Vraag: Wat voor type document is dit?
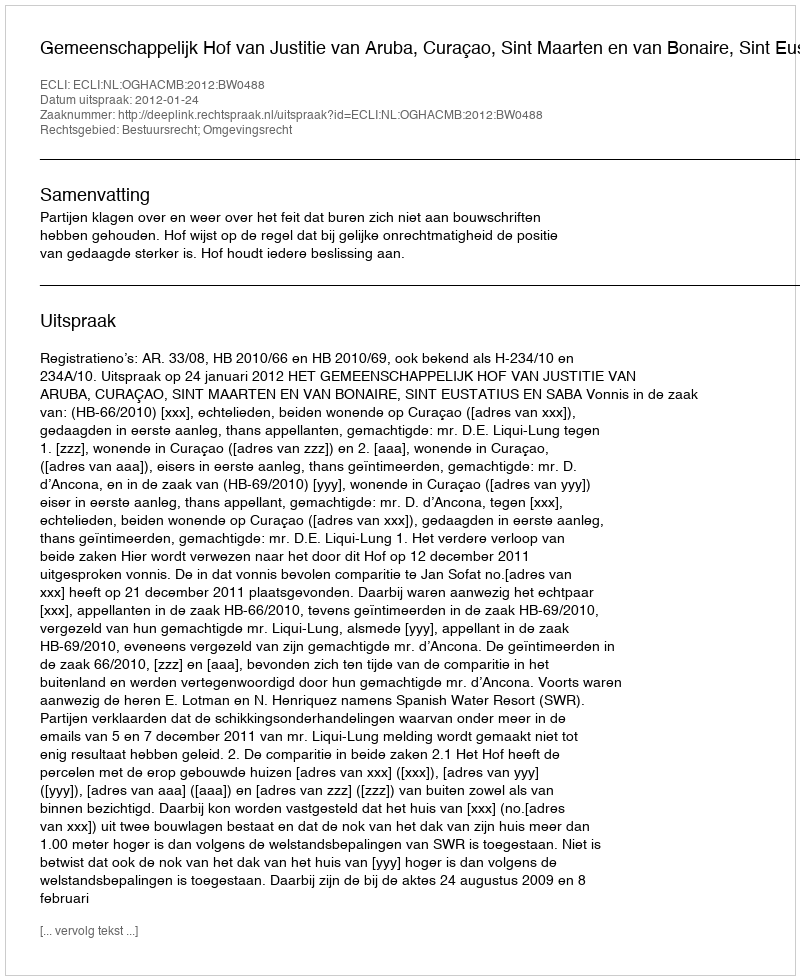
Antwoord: Uitspraak